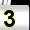
Digit: 3